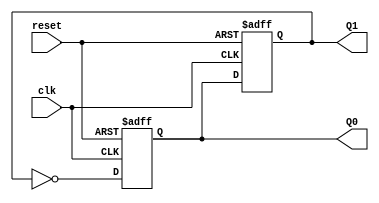
module dual_stage_johnson_counter (
    input wire clk,        // Clock signal
    input wire reset,      // Asynchronous reset signal
    output reg Q0,        // Output of the first flip-flop
    output reg Q1         // Output of the second flip-flop
);

    // State transition
    always @(posedge clk or posedge reset) begin
        if (reset) begin
            Q0 <= 1'b0;    // Reset Q0 to 0
            Q1 <= 1'b0;    // Reset Q1 to 0
        end else begin
            Q0 <= ~Q1;      // D0 = ~Q1 (inverted output of the last flip-flop)
            Q1 <= Q0;       // D1 = Q0 (the output of the first flip-flop)
        end
    end

endmodule